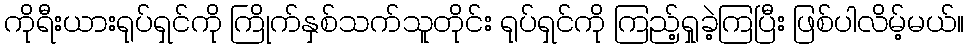
ကိုရီးယားရုပ်ရှင်ကို ကြိုက်နှစ်သက်သူတိုင်း ရုပ်ရှင်ကို ကြည့်ရှုခဲ့ကြပြီး ဖြစ်ပါလိမ့်မယ်။